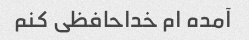
آمده ام خداحافظی کنم